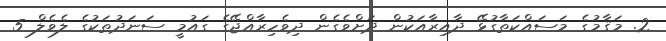
2. މަޤާމުގެ މަސައްކަތާގުޅޭ ދާއިރާއަކުން ދަށްވެގެން ދިވެހިރާއްޖޭގެ ގައުމީ ސަނަދުތަކުގެ ލެވެލް 5